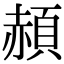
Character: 頳